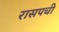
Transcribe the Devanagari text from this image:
रासपची